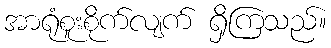
အာရုံစူးစိုက်လျက် ရှိကြသည်။